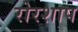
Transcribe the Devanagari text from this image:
रोरशाप